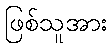
ဖြစ်သူအား